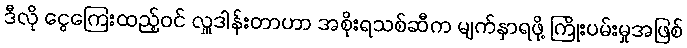
ဒီလို ငွေကြေးထည့်ဝင် လှူဒါန်းတာဟာ အစိုးရသစ်ဆီက မျက်နှာရဖို့ ကြိုးပမ်းမှုအဖြစ်